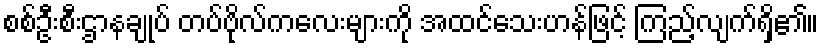
စစ်ဦးစီးဌာနချုပ် တပ်ဗိုလ်ကလေးများကို အထင်သေးဟန်ဖြင့် ကြည့်လျက်ရှိ၏။